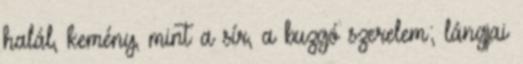
halál, kemény, mint a sír, a buzgó szerelem; lángjai